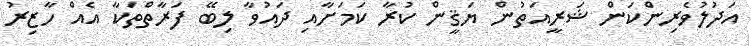
އަދުލުވެރިންކަން ޝަރީއަތުން ޔަޤީން ކުރާ ކަމަށާއި ދައުވާ ލިބޭ ފަރާތްތަކާ އެއް ހާޒިރު